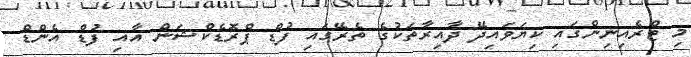
މި ޓްރެއިނިންގައި ކިޔަވައިދޭ ދާއިރާތަކުގެ ތެރޭގައި ފުޑް ޕްރޮޑެކްޝަން އާއި ފުޑް އެންޑް